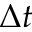
\Delta t